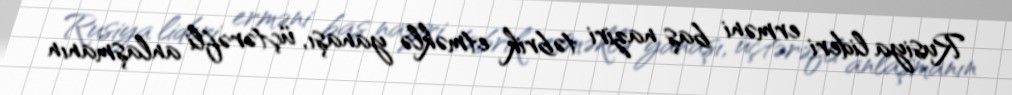
Rusiya lideri erməni baş naziri təbrik etməklə yanaşı, üçtərəfli anlaşmanın